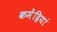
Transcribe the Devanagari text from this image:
कमेंद्रियां